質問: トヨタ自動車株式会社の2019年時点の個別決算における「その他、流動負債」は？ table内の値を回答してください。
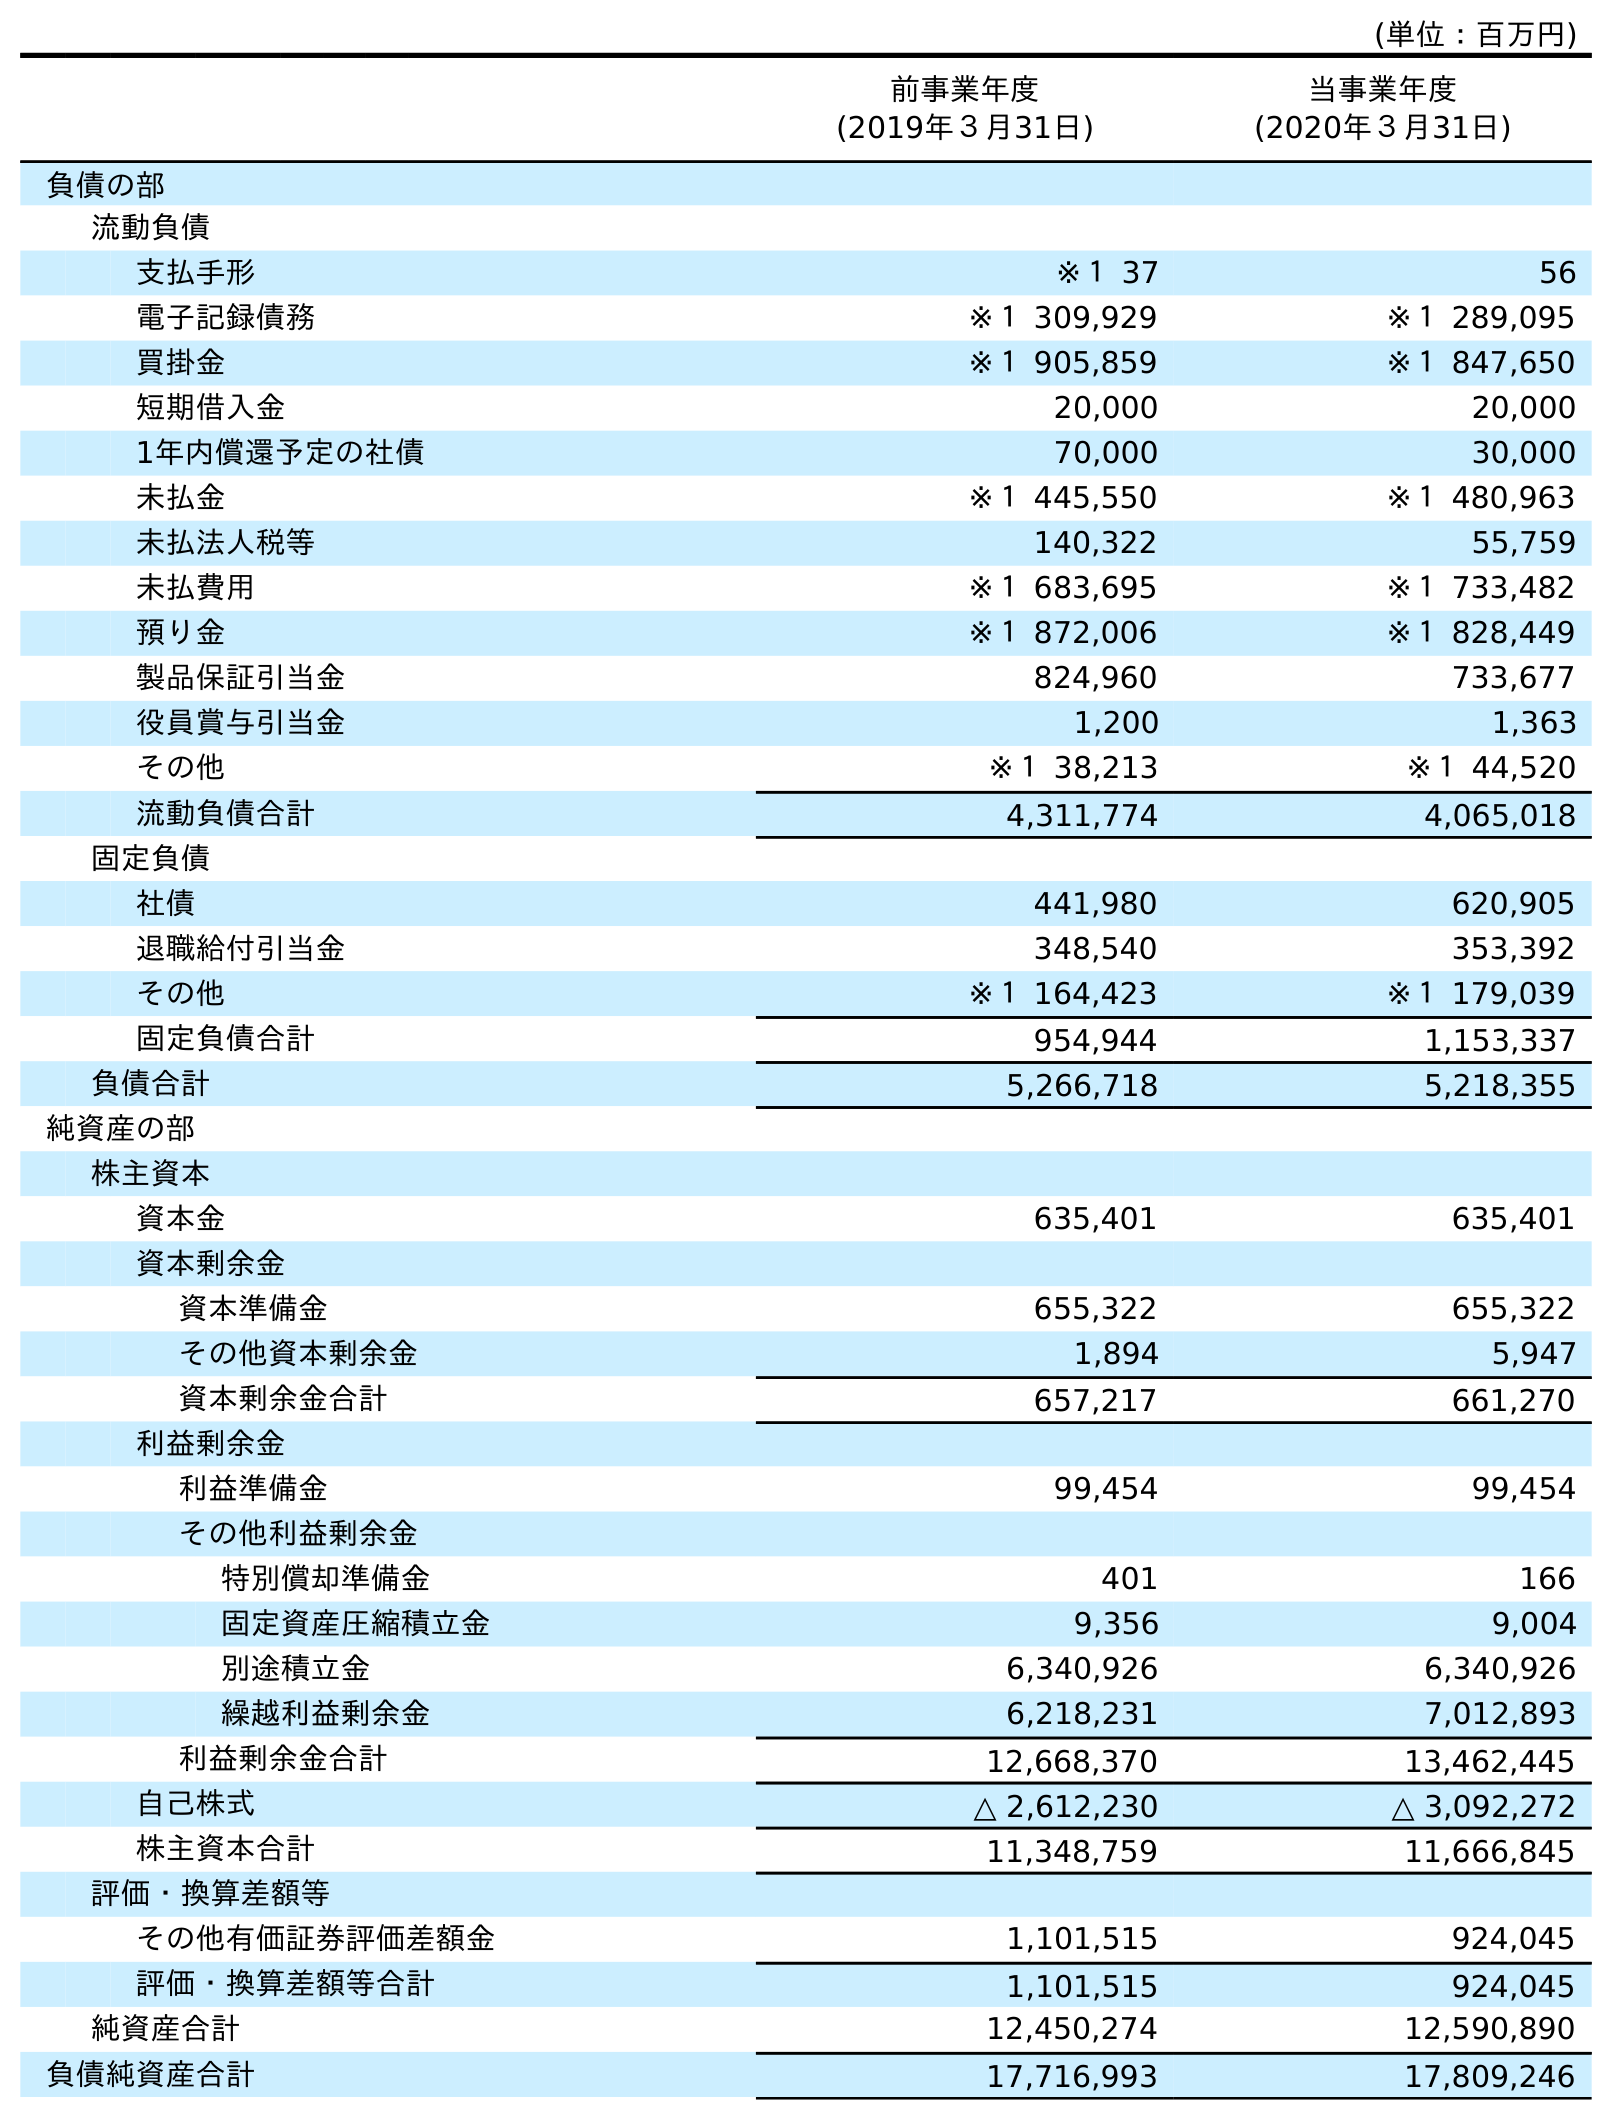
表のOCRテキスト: (単位：百万円) 前事業年度 (2019年３月31日) 当事業年度 (2020年３月31日) 負債の部 流動負債 支払手形 ※１ 37 56 電子記録債務 ※１ 309,929 ※１ 289,095 買掛金 ※１ 905,859 ※１ 847,650 短期借入金 20,000 20,000 1年内償還予定の社債 70,000 30,000 未払金 ※１ 445,550 ※１ 480,963 未払法人税等 140,322 55,759 未払費用 ※１ 683,695 ※１ 733,482 預り金 ※１ 872,006 ※１ 828,449 製品保証引当金 824,960 733,677 役員賞与引当金 1,200 1,363 その他 ※１ 38,213 ※１ 44,520 流動負債合計 4,311,774 4,065,018 固定負債 社債 441,980 620,905 退職給付引当金 348,540 353,392 その他 ※１ 164,423 ※１ 179,039 固定負債合計 954,944 1,153,337 負債合計 5,266,718 5,218,355 純資産の部 株主資本 資本金 635,401 635,401 資本剰余金 資本準備金 655,322 655,322 その他資本剰余金 1,894 5,947 資本剰余金合計 657,217 661,270 利益剰余金 利益準備金 99,454 99,454 その他利益剰余金 特別償却準備金 401 166 固定資産圧縮積立金 9,356 9,004 別途積立金 6,340,926 6,340,926 繰越利益剰余金 6,218,231 7,012,893 利益剰余金合計 12,668,370 13,462,445 自己株式 △ 2,612,230 △ 3,092,272 株主資本合計 11,348,759 11,666,845 評価・換算差額等 その他有価証券評価差額金 1,101,515 924,045 評価・換算差額等合計 1,101,515 924,045 純資産合計 12,450,274 12,590,890 負債純資産合計 17,716,993 17,809,246
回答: ※１38,213